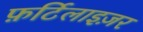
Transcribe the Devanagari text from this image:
फ़र्टिलाइज़र